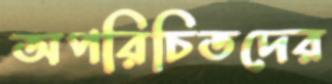
অপরিচিতদের